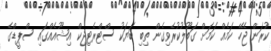
ކުރަން ޖެހޭ ކަމެއް ކަމަށް ގަބޫލުކުރެވިގެން ތިބި ބަޔަކު ސްޓްރެޓިޖިކް އިޝޫއެއްގައި ސްޕީޑްގެ